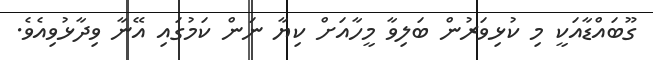
ގޫބައްޑާއަކީ މި ކުޅިވަރުން ބަލިވާ މީހާއަށް ކިޔާ ނަން ކަމުގައި އޭނާ ވިދާޅުވިއެވެ.